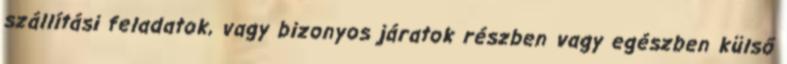
szállítási feladatok, vagy bizonyos járatok részben vagy egészben külső